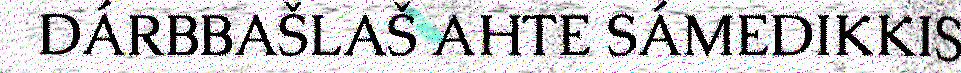
DÁRBBAŠLAŠ AHTE SÁMEDIKKIS